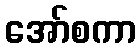
အော်စကာ